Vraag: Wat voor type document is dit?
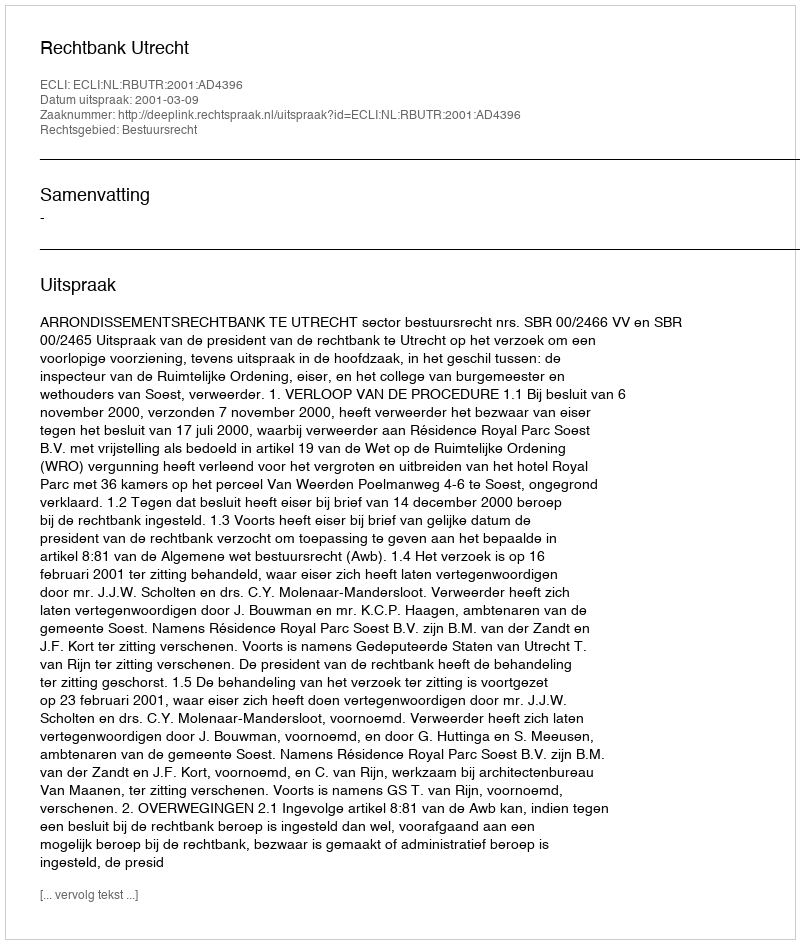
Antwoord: Uitspraak